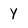
Character: Y